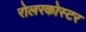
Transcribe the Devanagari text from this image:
रोलरकोस्टर